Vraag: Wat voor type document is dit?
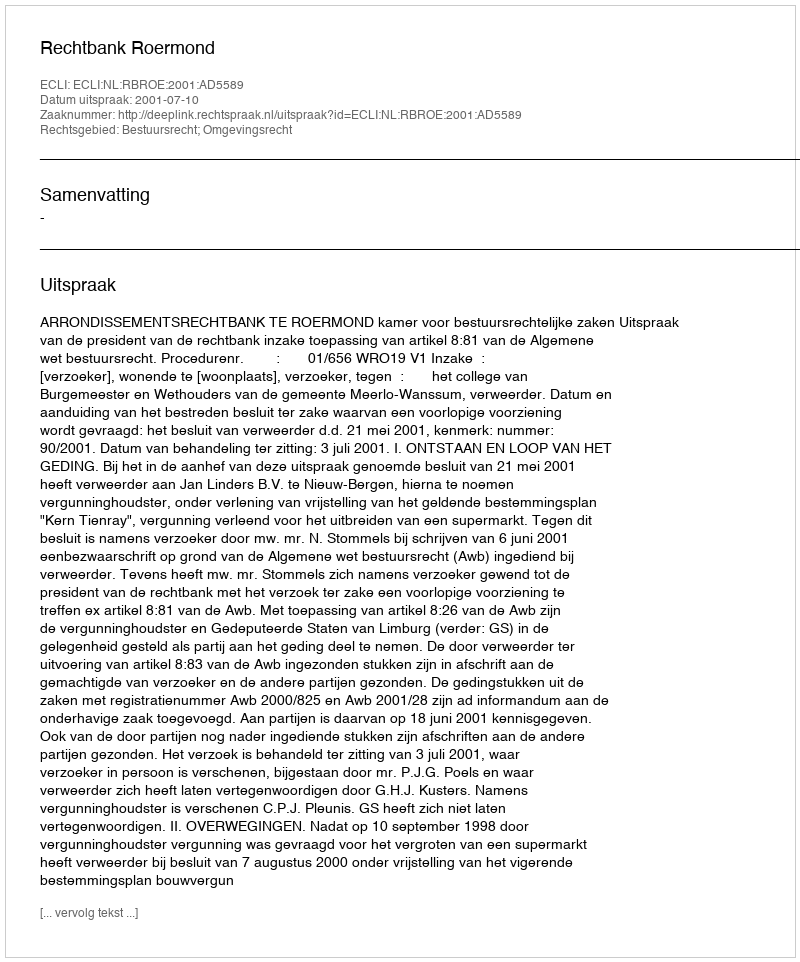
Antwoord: Uitspraak